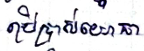
ប្រើប្រាស់យោធា